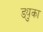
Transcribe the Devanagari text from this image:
ड्युका